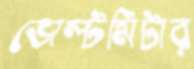
ভোল্টমিটার